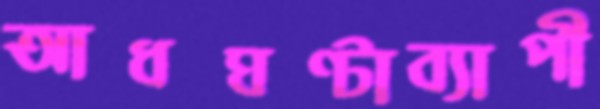
আধঘণ্টাব্যাপী